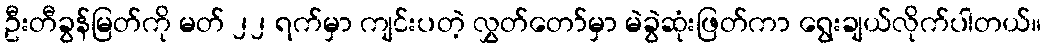
ဦးတီခွန်မြတ်ကို မတ် ၂၂ ရက်မှာ ကျင်းပတဲ့ လွှတ်တော်မှာ မဲခွဲဆုံးဖြတ်ကာ ရွေးချယ်လိုက်ပါတယ်။